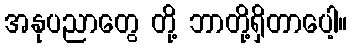
အနုပညာတွေ တို့ ဘာတို့ရှိတာပေါ့။